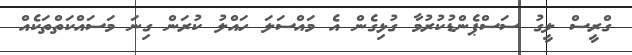
ގްރީސް ލީގު ސަސްޕެންޑުކުރުމާ ގުޅިގެން އެ މައްސަލަ ހައްލު ކުރަން ގިނަ މަސައްކަތްތަކެއް